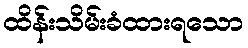
ထိန်းသိမ်းခံထားရသော